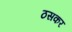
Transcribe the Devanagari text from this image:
ठसकर